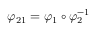
\varphi _ { 2 1 } = \varphi _ { 1 } \circ \varphi _ { 2 } ^ { - 1 }